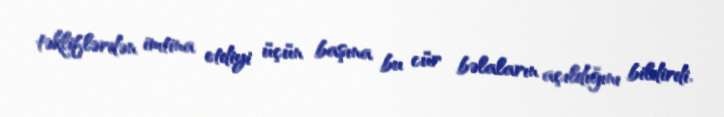
təkliflərdən imtina etdiyi üçün başına bu cür bəlaların açıldığını bildirdi.